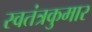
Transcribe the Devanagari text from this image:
स्वतंत्रकुमार